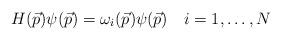
LaTeX: \begin{align*}H(\vec{p})\psi(\vec{p})=\omega_{i}(\vec{p})\psi(\vec{p})\quad i=1,\ldots,N\end{align*}